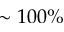
\sim 1 0 0 \%